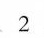
2